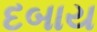
દબાય